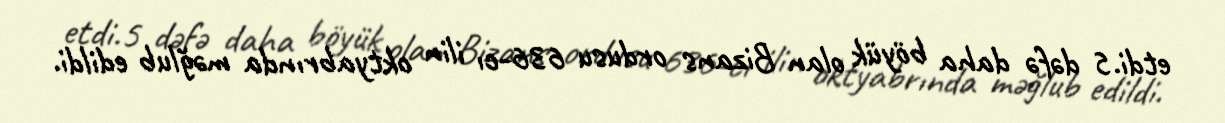
etdi.5 dəfə daha böyük olan Bizans ordusu 636-cı ilin oktyabrında məğlub edildi.